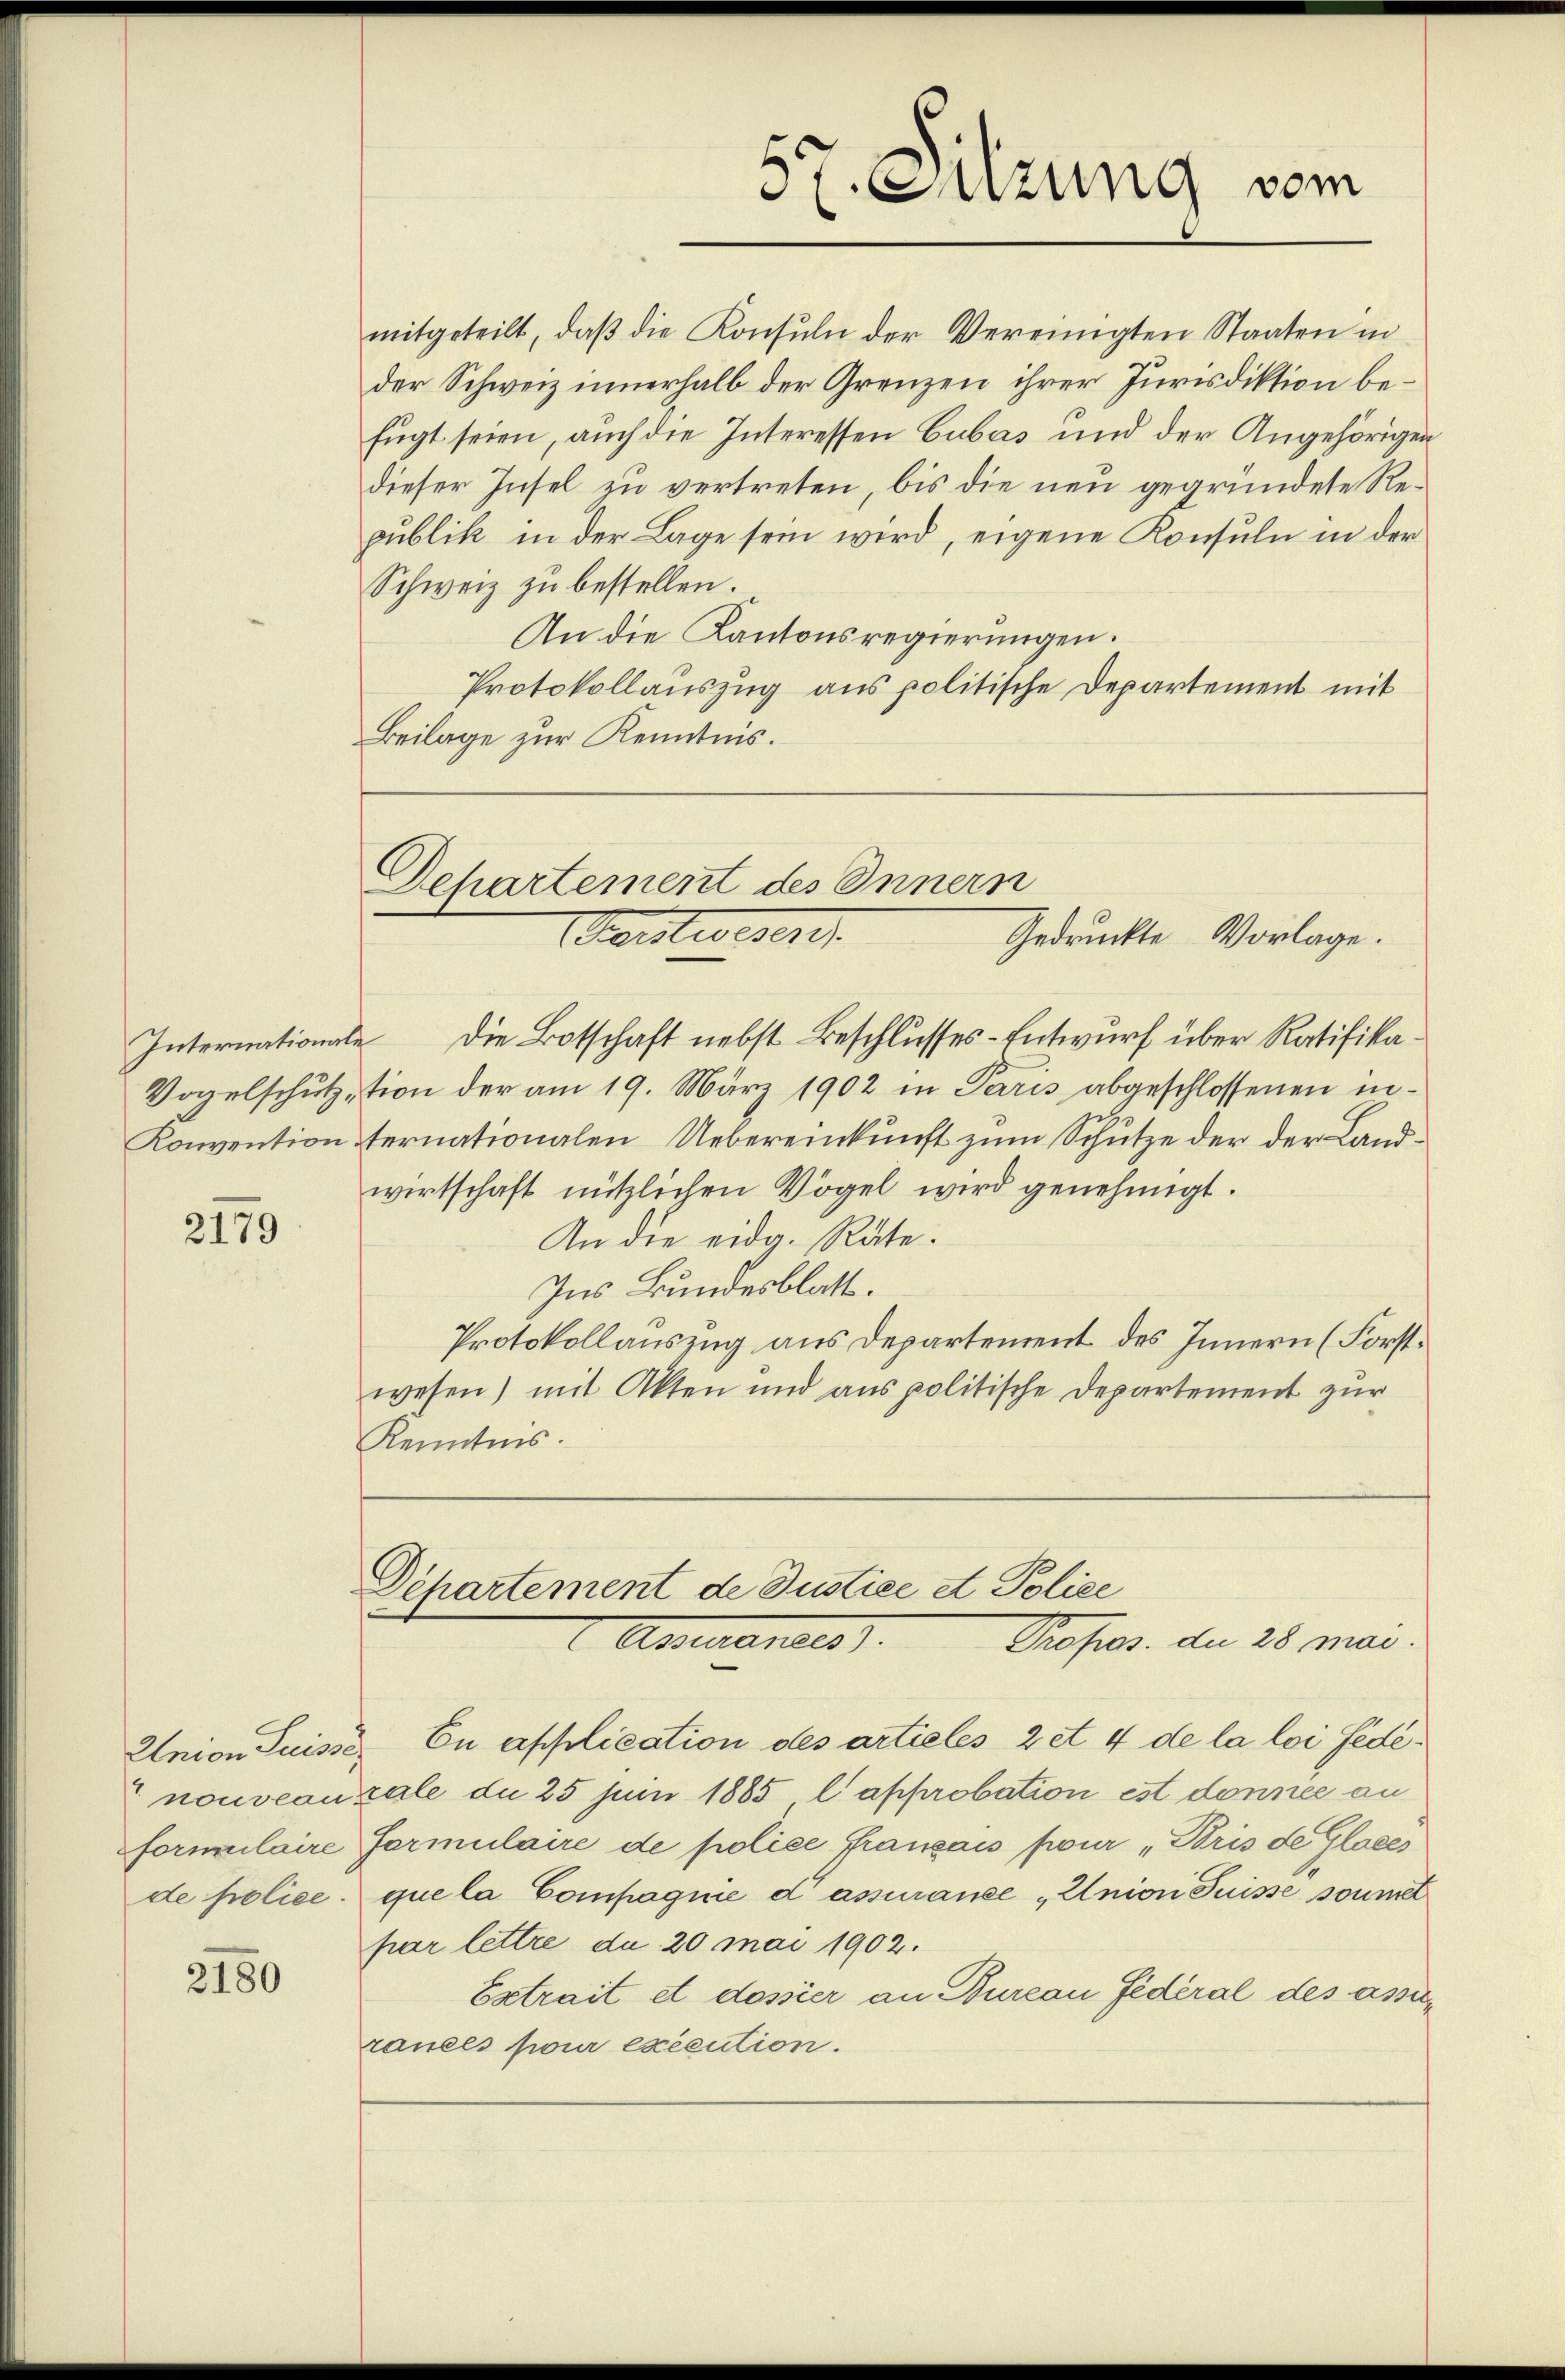
2179

de police.

2180

mitgeteilt, daβ die Konsuln der Vereinigten Staaten in
der Schweiz innerhalb der Grenzen ihrer Jurisdiktion befügt seien, auch die Interessen Cubas und der Angehörigen
dieser Insel zu vertreten, bis die neu gegründete Republik in der Lage sein wird, eigene Konsuln in der
Schweiz zu bestellen.
An die Kantonsregierungen.
Protokollauszug aus politische Departement mit
Beilage zur Kenntnis.

577. Sitzung vom

Departement des Innern
Forstwesen.
Gedruckte Vorlage.

Internationale die Botschaft nebst Beschlusses-Entwurf über Ratifika¬
Vogelschutz tion der am 19. März 1902 in Paris abgeschlossenen in¬
Konvention sternationalen Uebereinkunft zum Schutze der der Landwirtschaft nützlichen Vögel wird genehmigt.
An die eidg. Räte.
Ins Bundesblatt.
Protokollauszug aus Departement des Innern (Forstwesen) mit Akten und aus politische Departement zur
Kenntnis.

Dchartement de Justice A Police
Assurantes.
Profess. du 28 Mai.

Union Suisse. En application des artieles zet 4 de la loi féde¬
 nouveauzale du 25 Juni 1885, l approbation ist donnée an
formulaire Formulaire de police Franzais pour „Bris de Gloces
que la Compagnie d assuranze „Union Suisse soumet
par lettre du 20 Mai 1902.
Extrait et dossier an Bureau Federal des assun
rances pour exécution.